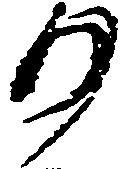
り